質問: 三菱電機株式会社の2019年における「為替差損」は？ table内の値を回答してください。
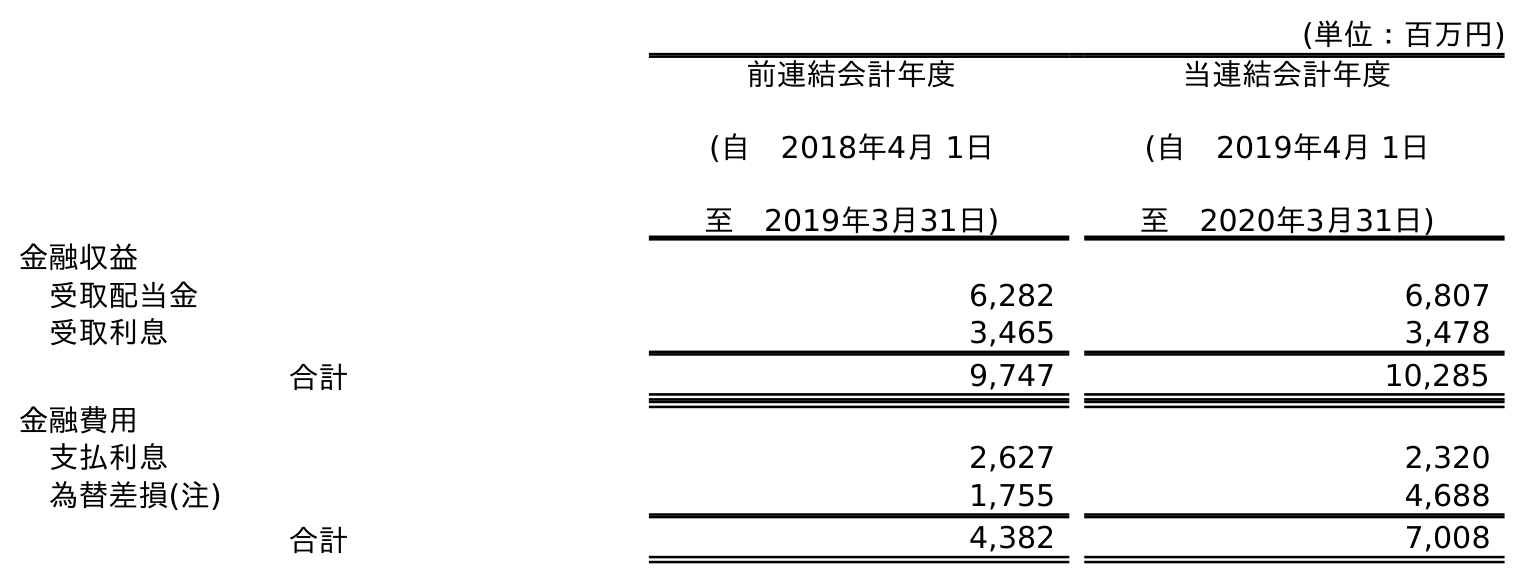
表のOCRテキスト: (単位：百万円) 前連結会計年度 (自 2018年4月 1日 至 2019年3月31日) 当連結会計年度 (自 2019年4月 1日 至 2020年3月31日) 金融収益 受取配当金 6,282 6,807 受取利息 3,465 3,478 合計 9,747 10,285 金融費用 支払利息 2,627 2,320 為替差損(注) 1,755 4,688 合計 4,382 7,008
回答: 1,755